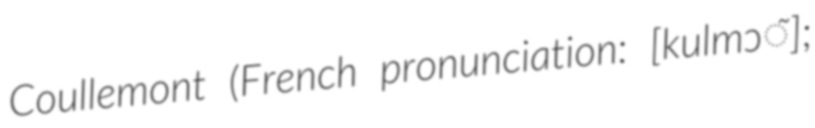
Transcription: Coullemont (French pronunciation: ​[kulmɔ̃];